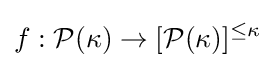
f:{\mathcal {P}}(\kappa )\to [{\mathcal {P}}(\kappa )]^{\leq \kappa }